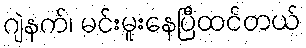
ဂျဲနက်၊ မင်းမူးနေပြီထင်တယ်